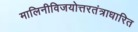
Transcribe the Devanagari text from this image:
मालिनीविजयोत्तरतंत्राधारित